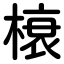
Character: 榱